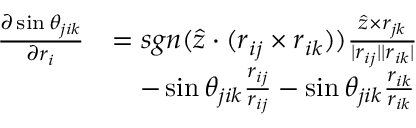
\begin{array} { r l } { \frac { \partial \sin \theta _ { j i k } } { \partial \boldsymbol { r } _ { i } } } & { = s g n ( \hat { z } \cdot ( \boldsymbol { r } _ { i j } \times \boldsymbol { r } _ { i k } ) ) \frac { \hat { z } \times \boldsymbol { r } _ { j k } } { | \boldsymbol { r } _ { i j } | | \boldsymbol { r } _ { i k } | } } \\ & { \quad - \sin \theta _ { j i k } \frac { \boldsymbol { r } _ { i j } } { r _ { i j } } - \sin \theta _ { j i k } \frac { \boldsymbol { r } _ { i k } } { r _ { i k } } } \end{array}